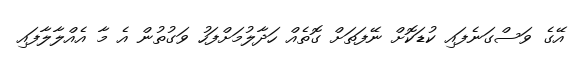
އޭގެ ވަސްގަނެފައި ކުޑަކޮށް ނޭފަތަށް ގޮތެއް ހަދާލުމަށްފަހު ވަގުތުން އެ މާ އެއްލާލާފައި